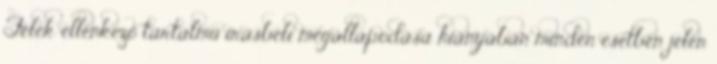
Felek ellenkező tartalmú írásbeli megállapodása hiányában minden esetben jelen